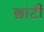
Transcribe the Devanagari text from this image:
छांटी